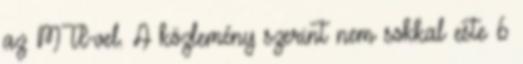
az MTI-vel. A közlemény szerint nem sokkal este 6